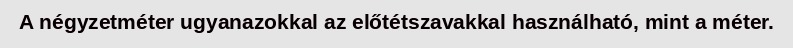
A négyzetméter ugyanazokkal az előtétszavakkal használható, mint a méter.